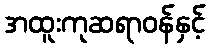
အထူးကုဆရာဝန်နှင့်